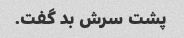
پشت سرش بد گفت.